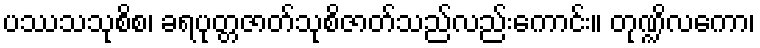
ပဿသသုစိစ၊ ခရပုတ္တဇာတ်သုစိဇာတ်သည်လည်းကောင်း။ တုဏ္ဍိလကော၊